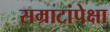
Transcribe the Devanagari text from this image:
सम्राटांपेक्षा